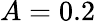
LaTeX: A=0.2